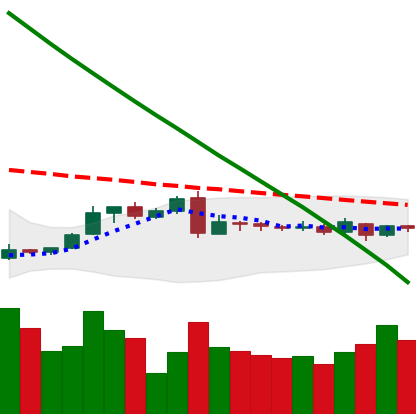
Ticker: XLM-USD
Chart end date: 2019-03-06
Forward return: 19.514%
Label: up_7plus